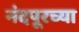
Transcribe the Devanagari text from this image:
नंदपूरच्या